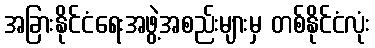
အခြားနိုင်ငံရေးအဖွဲ့အစည်းများမှ တစ်နိုင်ငံလုံး